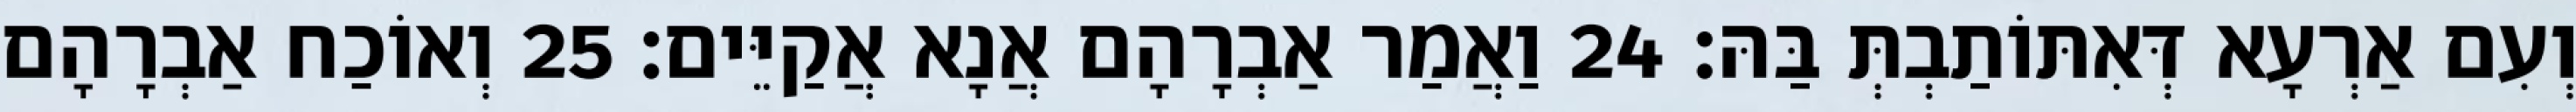
וְעִם אַרְעָא דְּאִתּוֹתַבְתְּ בַּהּ׃ 24 וַאֲמַר אַבְרָהָם אֲנָא אֲקַיֵּים׃ 25 וְאוֹכַח אַבְרָהָם